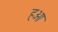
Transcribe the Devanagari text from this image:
हओ